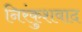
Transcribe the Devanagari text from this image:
निरंकुशवाद